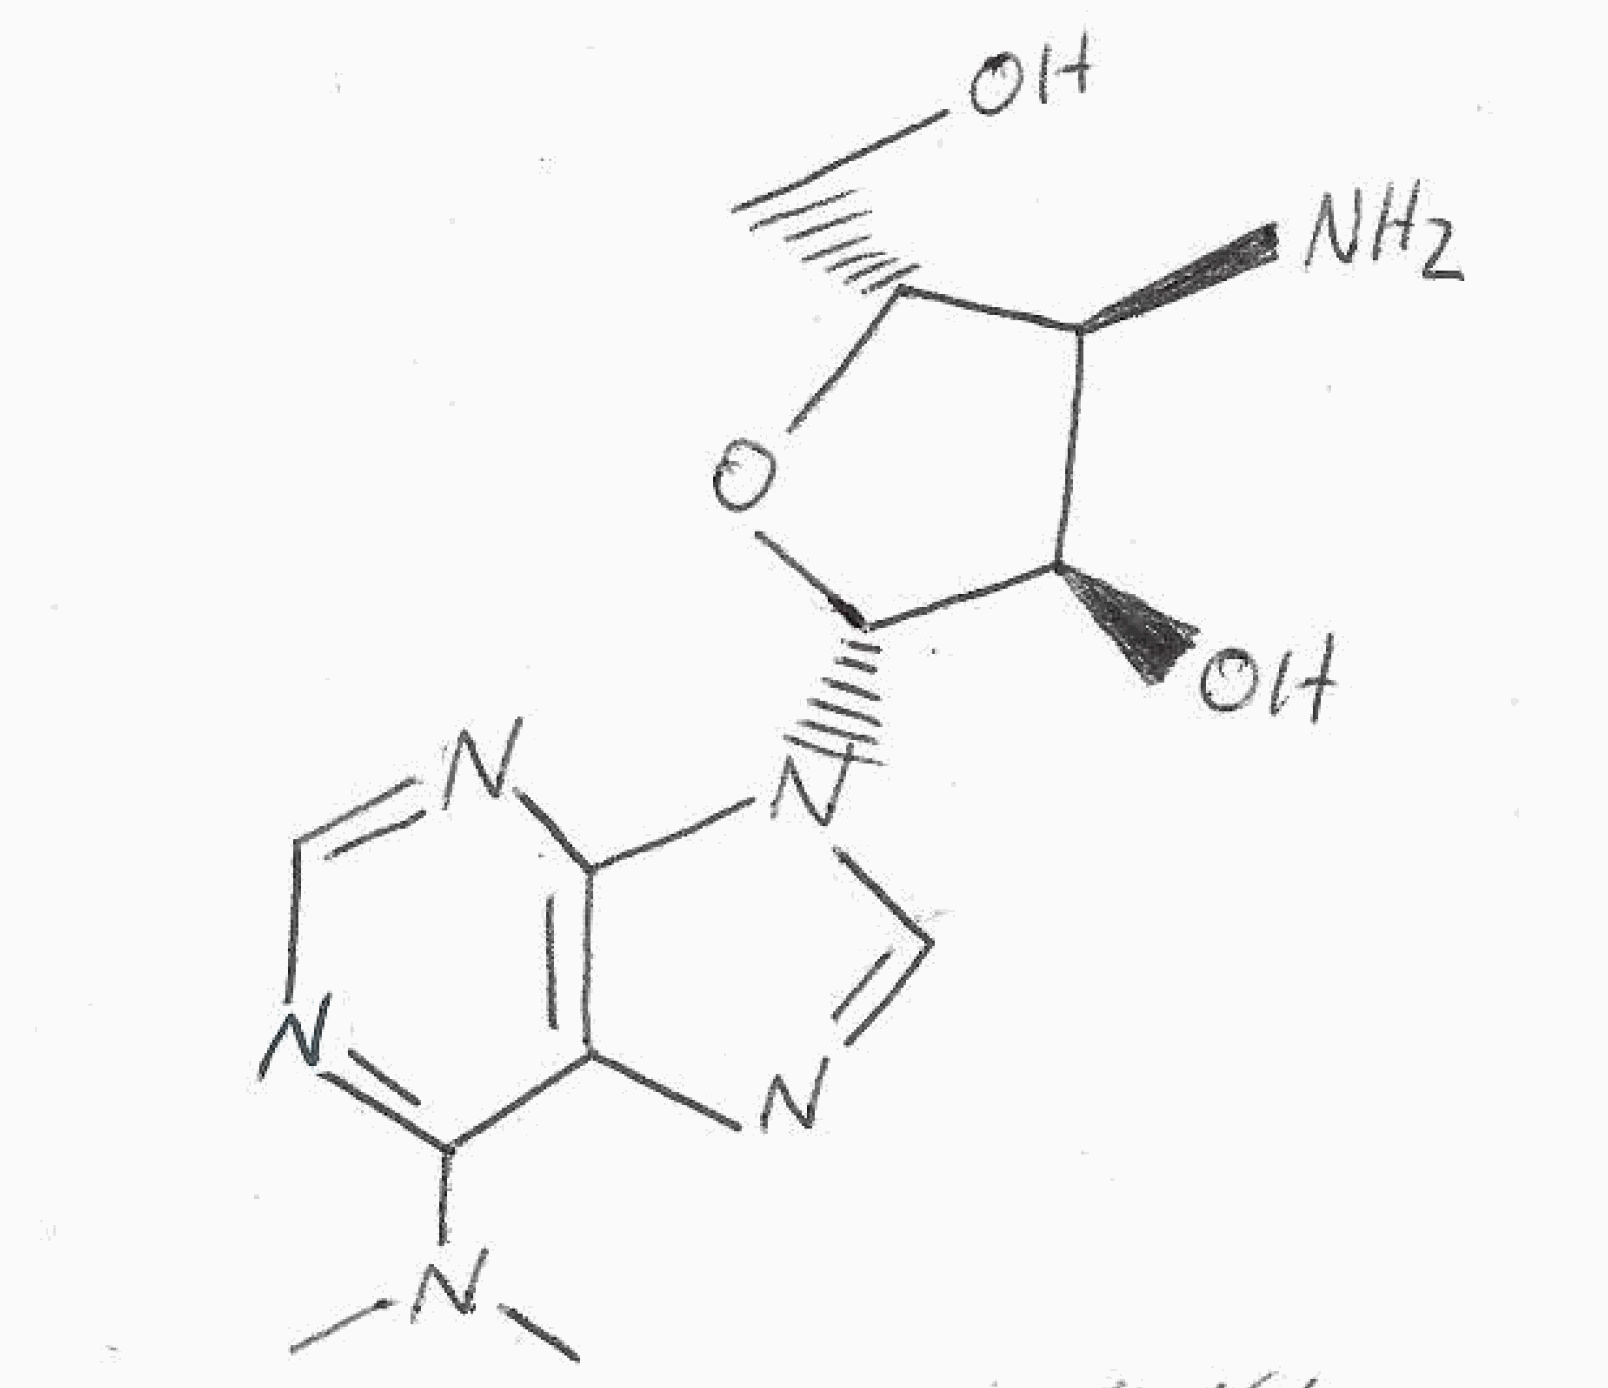
Simplified molecular-input line-entry system (SMILES) notation of the given molecule:
CN(C)C1=NC=NC2=C1N=CN2[C@H]3[C@@H]([C@@H]([C@H](O3)CO)N)O